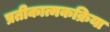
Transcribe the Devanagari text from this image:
प्रतीकात्मकक्रिया